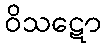
ဝိသဋော